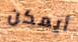
أيمكن